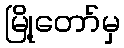
မြို့တော်မှ